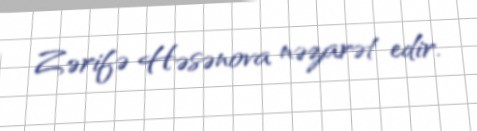
Zərifə Həsənova nəzarət edir.